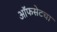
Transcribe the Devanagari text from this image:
ऑफसेटचा